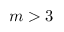
m > 3